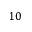
1 0